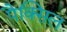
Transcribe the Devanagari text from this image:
पैक्सिल